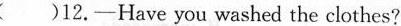
( )12.—Have you washed the clothes?